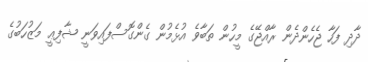
ދާދި ފަހާ ޖެހެންދެން ރާއްޖޭގެ މީހުން ތަބާވެ އުޅެމުން ގެންގޮސްފައިވަނީ ޝާފިޢީ މަޒުހަބުގެ